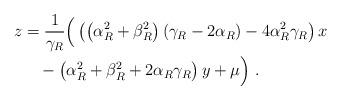
LaTeX: \begin{align*}z &= \frac{1}{\gamma_R} \Big( \left( \left( \alpha_R^2 + \beta_R^2 \right)\left( \gamma_R - 2 \alpha_R \right) - 4 \alpha_R^2 \gamma_R \right) x \\&\quad-\left( \alpha_R^2 + \beta_R^2 + 2 \alpha_R \gamma_R \right) y + \mu \Big) \;.\end{align*}